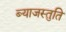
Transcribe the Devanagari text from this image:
ब्याजस्तुति